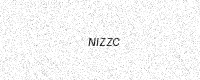
Text: NIZZC